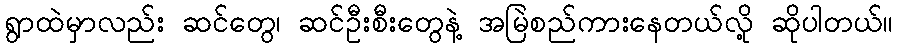
ရွာထဲမှာလည်း ဆင်တွေ၊ ဆင်ဦးစီးတွေနဲ့ အမြဲစည်ကားနေတယ်လို့ ဆိုပါတယ်။